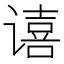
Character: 𫍻